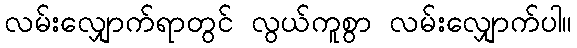
လမ်းလျှောက်ရာတွင် လွယ်ကူစွာ လမ်းလျှောက်ပါ။